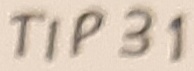
Text: TIP31